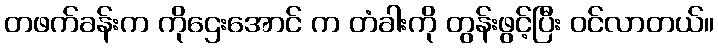
တဖက်ခန်းက ကိုဌေးအောင် က တံခါးကို တွန်းဖွင့်ပြီး ဝင်လာတယ်။